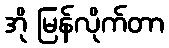
အို မြန်လိုက်တာ